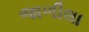
જાળીલા